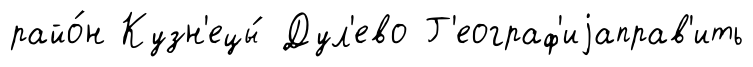
райо́н Кузн'ецы́ Дул'ево Г'еограф'иjаправ'ить